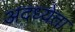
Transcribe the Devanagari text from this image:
अदध्येता